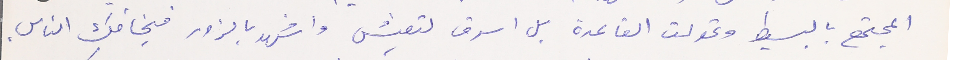
المجتمع بالبسيط وتحولت القاعدة بل اسرق لتعيش واشهد بالزور فيخافك الناس.